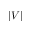
| V |